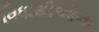
વિધાથીઓના